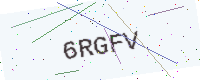
Text: 6RGFV